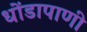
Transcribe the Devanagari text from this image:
धोंडापाणी